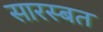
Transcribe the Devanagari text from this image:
सारस्बत